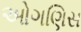
ઓગણિસ